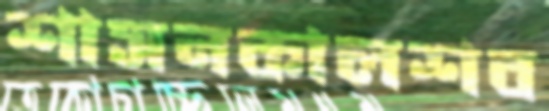
শাসনকালশব